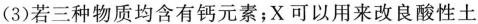
(3)若三种物质均含有钙元素；X可以用来改良酸性土